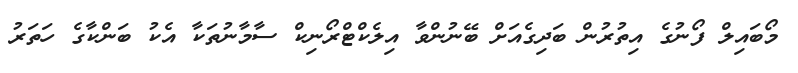
މޯބައިލް ފޯނުގެ އިތުރުން ބަދިގެއަށް ބޭނުންވާ އިލެކްޓްރޯނިކް ސާމާނުތަކާ އެކު ބަންކާގެ ހަތަރު